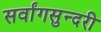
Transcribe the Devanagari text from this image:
सर्वांगसुन्दरी